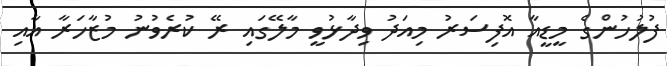
ފުލުހުންގެ މީޑީއާ އޮފިސަރު މިއަދު ވިދާޅުވީ މާލޭގައި ރޭ ކުރެވުނު މުޒާހަރާ އާއި